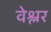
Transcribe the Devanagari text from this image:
वेश्लर